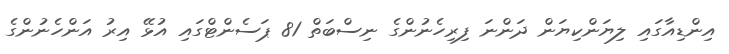
އިންޑިއާގައި ލިޔަންކިޔަން ދަންނަ ފިރިހެނުންގެ ނިސްބަތް 81 ޕަސެންޓްގައި އުޅޭ އިރު އަންހެނުންގެ